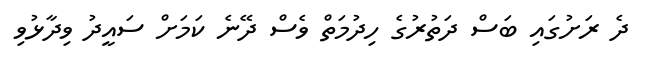
ދެ ރަށުގައި ބަސް ދަތުރުގެ ހިދުމަތް ވެސް ދޭނެ ކަމަށް ސައީދު ވިދާޅުވި